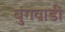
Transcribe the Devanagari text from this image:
बुंगवाडी